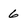
Character: 6